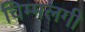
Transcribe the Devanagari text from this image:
चिम्मलगी